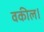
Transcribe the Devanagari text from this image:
वकील।